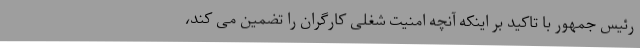
رئیس جمهور با تاکید بر اینکه آنچه امنیت شغلی کارگران را تضمین می کند،